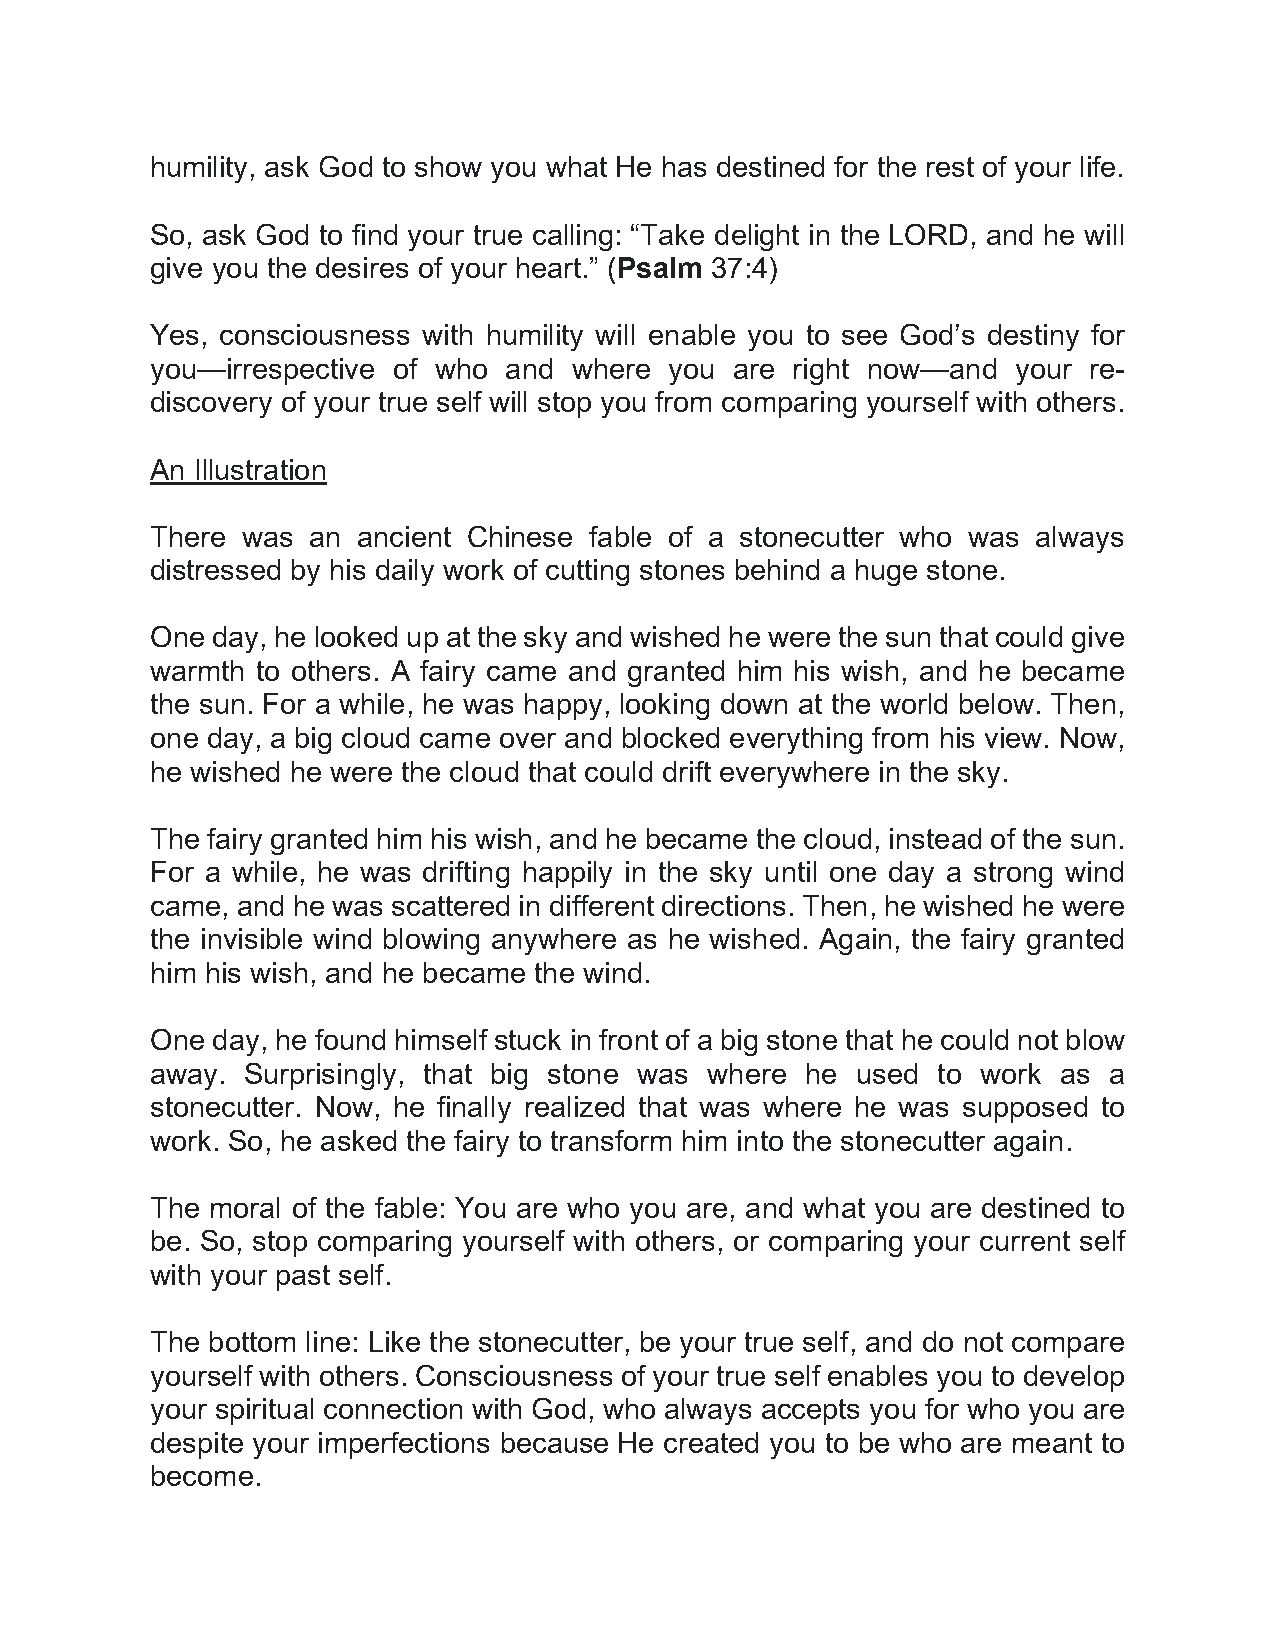
humility, ask God to show you what He has destined for the rest of your life.
 So, ask God to find your true calling: “Take delight in the LORD, and he will
 give you the desires of your heart.” (Psalm 37:4)
 Yes, consciousness with humility will enable you to see God’s destiny for
 you—irrespective of who and where you  are right now—and your re-
 discovery of your true self will stop you from comparing yourself with others.
 An Illustration
 There was an  ancient Chinese fable of a stonecutter who was always
 distressed by his daily work of cutting stones behind a huge stone.
 One day, he looked up at the sky and wished he were the sun that could give
 warmth to others. A fairy came and granted him his wish, and he became
 the sun. For a while, he was happy, looking down at the world below. Then,
 one day, a big cloud came over and blocked everything from his view. Now,
 he wished he were the cloud that could drift everywhere in the sky.
 The fairy granted him his wish, and he became the cloud, instead of the sun.
 For a while, he was drifting happily in the sky until one day a strong wind
 came, and he was scattered in different directions. Then, he wished he were
 the invisible wind blowing anywhere as he wished. Again, the fairy granted
 him his wish, and he became the wind.
 One day, he found himself stuck in front of a big stone that he could not blow
 away. Surprisingly, that big stone was where he used to work as a
 stonecutter. Now, he finally realized that was where he was supposed to
 work. So, he asked the fairy to transform him into the stonecutter again.
 The moral of the fable: You are who you are, and what you are destined to
 be. So, stop comparing yourself with others, or comparing your current self
 with your past self.
 The bottom line: Like the stonecutter, be your true self, and do not compare
 yourself with others. Consciousness of your true self enables you to develop
 your spiritual connection with God, who always accepts you for who you are
 despite your imperfections because He created you to be who are meant to
 become.